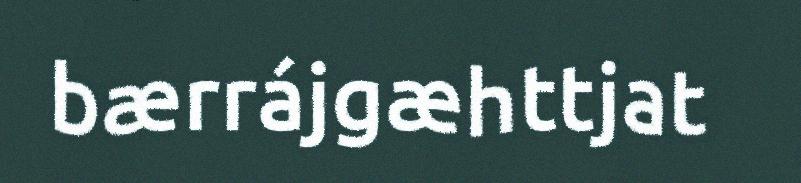
bærrájgæhttjat